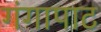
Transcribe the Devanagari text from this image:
गंगापाट